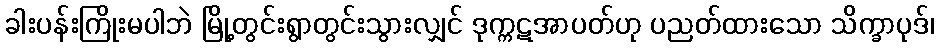
ခါးပန်းကြိုးမပါဘဲ မြို့တွင်းရွာတွင်းသွားလျှင် ဒုက္ကဋအာပတ်ဟု ပညတ်ထားသော သိက္ခာပုဒ်၊